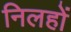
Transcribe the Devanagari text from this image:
निलहों